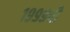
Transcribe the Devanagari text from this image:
१९९९ची